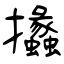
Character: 攭